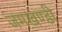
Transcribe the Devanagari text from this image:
जमखण्डी